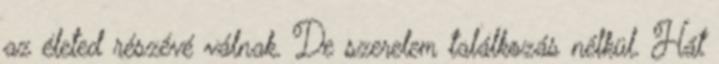
az életed részévé válnak. De szerelem találkozás nélkül. Hát